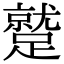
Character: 蹵